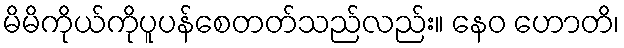
မိမိကိုယ်ကိုပူပန်စေတတ်သည်လည်း။ နေဝ ဟောတိ၊